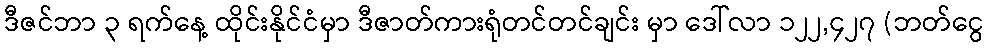
ဒီဇင်ဘာ ၃ ရက်နေ့ ထိုင်းနိုင်ငံမှာ ဒီဇာတ်ကားရုံတင်တင်ချင်း မှာ ဒေါ်လာ ၁၂၂,၄၂၇ (ဘတ်ငွေ